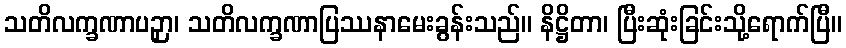
သတိလက္ခဏာပဉှာ၊ သတိလက္ခဏာပြဿနာမေးခွန်းသည်။ နိဋ္ဌိတာ၊ ပြီးဆုံးခြင်းသို့ရောက်ပြီ။